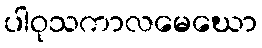
ပါဝုသကာလမေဃော